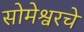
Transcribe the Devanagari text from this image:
सोमेश्वरचे